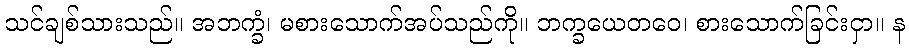
သင်ချစ်သားသည်။ အဘက္ခံ၊ မစားသောက်အပ်သည်ကို။ ဘက္ခယေတဝေ၊ စားသောက်ခြင်းငှာ။ န